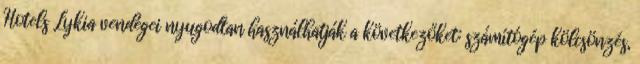
Hotels Lykia vendégei nyugodtan használhatják a következőket: számítógép kölcsönzés,